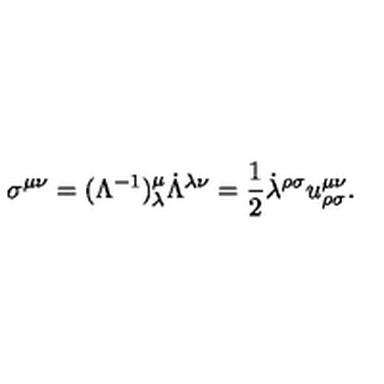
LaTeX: \sigma ^ { \mu \nu } = ( \Lambda ^ { - 1 } ) ^ { \mu } _ { \lambda } \dot { \Lambda } ^ { \lambda \nu } = \frac { 1 } { 2 } \dot { \lambda } ^ { \rho \sigma } u _ { \rho \sigma } ^ { \mu \nu } .